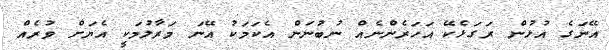
އޭނަގެ އުޅުން ރަގަޅެކޭ އަހަރެންނެއް ނުބުނަން އެކަމަކު އޭނަ މަރާލުމަކީ އެޔަށް ވުރެއް